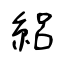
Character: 絽